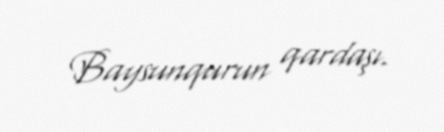
Baysunqurun qardaşı.